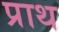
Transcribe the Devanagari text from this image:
प्राथ